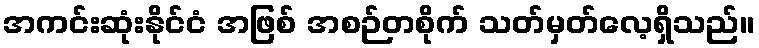
အကင်းဆုံးနိုင်ငံ အဖြစ် အစဉ်တစိုက် သတ်မှတ်လေ့ရှိသည်။